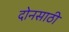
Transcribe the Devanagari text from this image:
दोनसाठी